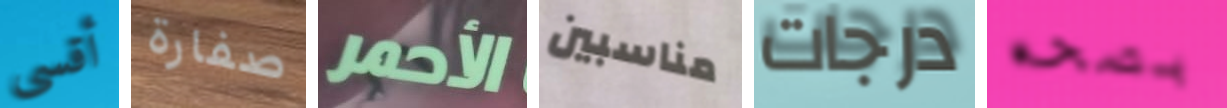
أقسى صفارة الأحمر مناسبين درجات بصحه